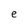
Character: e